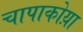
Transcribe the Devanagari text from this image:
चापाकोय़ा